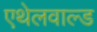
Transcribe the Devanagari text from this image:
एथेलवाल्ड